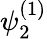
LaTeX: \psi_{2}^{(1)}